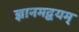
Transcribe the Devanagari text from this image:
ज्ञानमद्वयम्‌